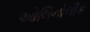
ઓલિનોલીક